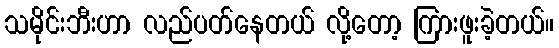
သမိုင်းဘီးဟာ လည်ပတ်နေတယ် လို့တော့ ကြားဖူးခဲ့တယ်။